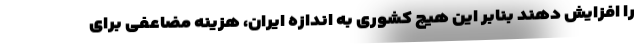
را افزایش دهند بنابر این هیچ کشوری به اندازه ایران، هزینه مضاعفی برای